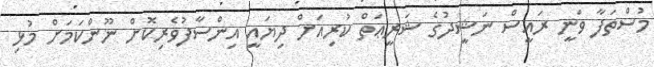
މުސްތަފާ ވަނީ ރައީސް ނަޝީދުގެ ޝަރީޢަތް ކުރިއަށް ދިޔައީ އިންސާފުވެރިކޮށް ނޫންކަމަށް މުޅި